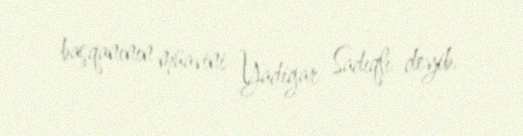
başqanının müavini Yadigar Sadıqlı deyib.